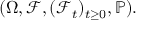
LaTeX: ( \Omega , { \mathcal { F } } , ( { \mathcal { F } } _ { t } ) _ { t \geq 0 } , \mathbb { P } ) .